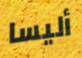
أليسا